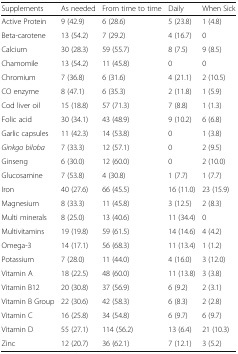
<table><thead><tr><td><b>Supplements</b></td><td><b>As needed</b></td><td><b>From time to time</b></td><td><b>Daily</b></td><td><b>When Sick</b></td></tr></thead><tbody><tr><td>Active Protein</td><td>9 (42.9)</td><td>6 (28.6)</td><td>5 (23.8)</td><td>1 (4.8)</td></tr><tr><td>Beta-carotene</td><td>13 (54.2)</td><td>7 (29.2)</td><td>4 (16.7)</td><td>0</td></tr><tr><td>Calcium</td><td>30 (28.3)</td><td>59 (55.7)</td><td>8 (7.5)</td><td>9 (8.5)</td></tr><tr><td>Chamomile</td><td>13 (54.2)</td><td>11 (45.8)</td><td>0</td><td>0</td></tr><tr><td>Chromium</td><td>7 (36.8)</td><td>6 (31.6)</td><td>4 (21.1)</td><td>2 (10.5)</td></tr><tr><td>CO enzyme</td><td>8 (47.1)</td><td>6 (35.3)</td><td>2 (11.8)</td><td>1 (5.9)</td></tr><tr><td>Cod liver oil</td><td>15 (18.8)</td><td>57 (71.3)</td><td>7 (8.8)</td><td>1 (1.3)</td></tr><tr><td>Folic acid</td><td>30 (34.1)</td><td>43 (48.9)</td><td>9 (10.2)</td><td>6 (6.8)</td></tr><tr><td>Garlic capsules</td><td>11 (42.3)</td><td>14 (53.8)</td><td>0</td><td>1 (3.8)</td></tr><tr><td><i>Ginkgo biloba</i></td><td>7 (33.3)</td><td>12 (57.1)</td><td>0</td><td>2 (9.5)</td></tr><tr><td>Ginseng</td><td>6 (30.0)</td><td>12 (60.0)</td><td>0</td><td>2 (10.0)</td></tr><tr><td>Glucosamine</td><td>7 (53.8)</td><td>4 (30.8)</td><td>1 (7.7)</td><td>1 (7.7)</td></tr><tr><td>Iron</td><td>40 (27.6)</td><td>66 (45.5)</td><td>16 (11.0)</td><td>23 (15.9)</td></tr><tr><td>Magnesium</td><td>8 (33.3)</td><td>11 (45.8)</td><td>3 (12.5)</td><td>2 (8.3)</td></tr><tr><td>Multi minerals</td><td>8 (25.0)</td><td>13 (40.6)</td><td>11 (34.4)</td><td>0</td></tr><tr><td>Multivitamins</td><td>19 (19.8)</td><td>59 (61.5)</td><td>14 (14.6)</td><td>4 (4.2)</td></tr><tr><td>Omega-3</td><td>14 (17.1)</td><td>56 (68.3)</td><td>11 (13.4)</td><td>1 (1.2)</td></tr><tr><td>Potassium</td><td>7 (28.0)</td><td>11 (44.0)</td><td>4 (16.0)</td><td>3 (12.0)</td></tr><tr><td>Vitamin A</td><td>18 (22.5)</td><td>48 (60.0)</td><td>11 (13.8)</td><td>3 (3.8)</td></tr><tr><td>Vitamin B12</td><td>20 (30.8)</td><td>37 (56.9)</td><td>6 (9.2)</td><td>2 (3.1)</td></tr><tr><td>Vitamin B Group</td><td>22 (30.6)</td><td>42 (58.3)</td><td>6 (8.3)</td><td>2 (2.8)</td></tr><tr><td>Vitamin C</td><td>16 (25.8)</td><td>34 (54.8)</td><td>6 (9.7)</td><td>6 (9.7)</td></tr><tr><td>Vitamin D</td><td>55 (27.1)</td><td>114 (56.2)</td><td>13 (6.4)</td><td>21 (10.3)</td></tr><tr><td>Zinc</td><td>12 (20.7)</td><td>36 (62.1)</td><td>7 (12.1)</td><td>3 (5.2)</td></tr></tbody></table>